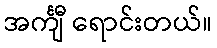
အင်္ကျီ ရောင်းတယ်။